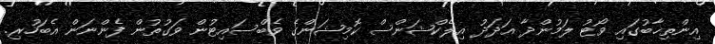
އިންތިޚާބުގައި ވޯޓު ލަމުންދާ އަދަދު އިލެކްޝަންސް ކޮމިޝަންގެ ވެބްސައިޓުން ވަގުތުން ފެންނަން އެބަހުރި.